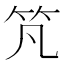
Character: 竼